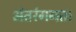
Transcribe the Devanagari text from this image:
अंतरंगगत।